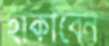
হাঁকাবেন